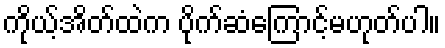
ကိုယ့်အိတ်ထဲက ပိုက်ဆံကြောင့်မဟုတ်ပါ။